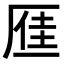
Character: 𪠐